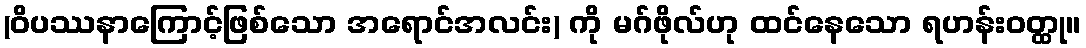
(ဝိပဿနာကြောင့်ဖြစ်သော အရောင်အလင်း) ကို မဂ်ဖိုလ်ဟု ထင်နေသော ရဟန်းဝတ္ထု။